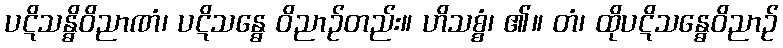
ပဋိသန္ဓိဝိညာဏံ၊ ပဋိသန္ဓေ ဝိညာဉ်တည်း။ ဟိသစ္စံ၊ ၏။ တံ၊ ထိုပဋိသန္ဓေဝိညာဉ်